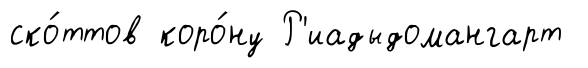
ско́ттов коро́ну Р'иадыдомангарт